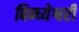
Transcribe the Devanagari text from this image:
बिन्ध्येश्वरी